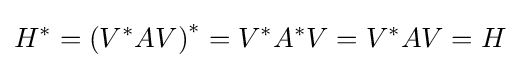
H^{*}=\left(V^{*}AV\right)^{*}=V^{*}A^{*}V=V^{*}AV=H